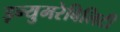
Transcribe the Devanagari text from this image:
इन्युमरेबिलिटी